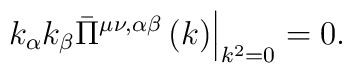
\left. k_\alpha k_\beta \bar \Pi ^{\mu \nu ,\alpha \beta}\left( k\right) \right| _{k^2=0}=0.